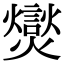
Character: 爕